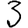
Digit: 3